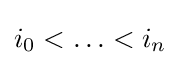
i_{0}<\ldots <i_{n}